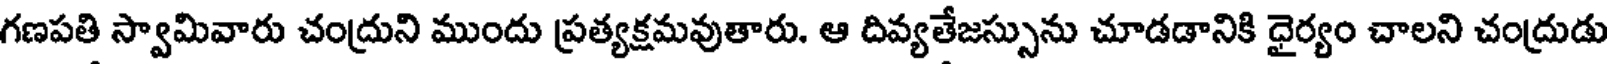
గణపతి స్వామివారు చంద్రుని ముందు ప్రత్యక్షమవుతారు. ఆ దివ్యతేజస్సును చూడడానికి ధైర్యం చాలని చంద్రుడు